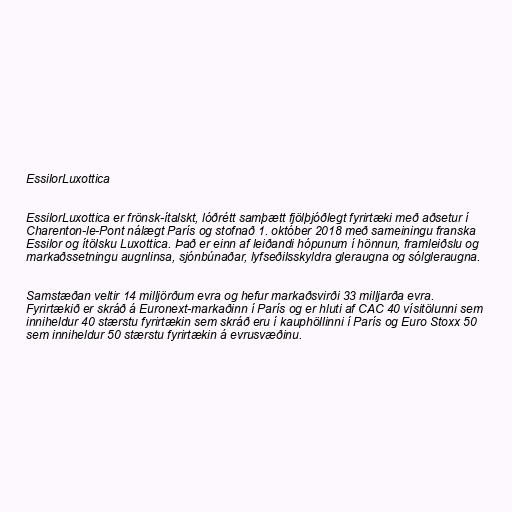
EssilorLuxottica

EssilorLuxottica er frönsk-ítalskt, lóðrétt samþætt fjölþjóðlegt fyrirtæki með aðsetur í
Charenton-le-Pont nálægt París og stofnað 1. október 2018 með sameiningu franska
Essilor og ítölsku Luxottica. Það er einn af leiðandi hópunum í hönnun, framleiðslu og
markaðssetningu augnlinsa, sjónbúnaðar, lyfseðilsskyldra gleraugna og sólgleraugna.

Samstæðan veltir 14 milljörðum evra og hefur markaðsvirði 33 milljarða evra.
Fyrirtækið er skráð á Euronext-markaðinn í París og er hluti af CAC 40 vísitölunni sem
inniheldur 40 stærstu fyrirtækin sem skráð eru í kauphöllinni í París og Euro Stoxx 50
sem inniheldur 50 stærstu fyrirtækin á evrusvæðinu.